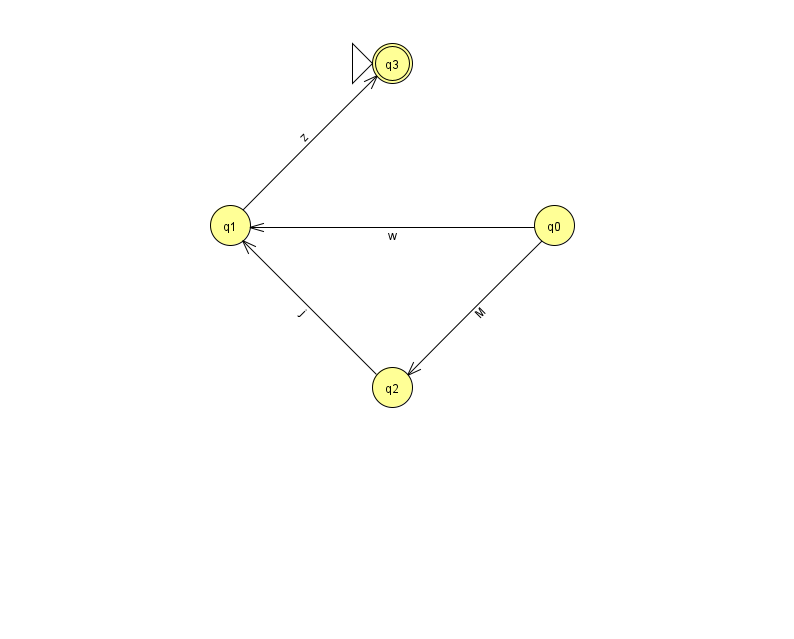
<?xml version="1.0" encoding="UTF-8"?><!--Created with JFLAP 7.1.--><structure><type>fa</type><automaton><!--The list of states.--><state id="0" name="q0"><x>554.0</x><y>212.0</y></state><state id="1" name="q1"><x>230.0</x><y>212.0</y></state><state id="2" name="q2"><x>392.0</x><y>374.0</y></state><state id="3" name="q3"><x>392.0</x><y>50.0</y><initial/><final/></state><!--The list of transitions.--><transition><from>1</from><to>3</to><read>z</read></transition><transition><from>2</from><to>1</to><read>j</read></transition><transition><from>0</from><to>1</to><read>w</read></transition><transition><from>0</from><to>2</to><read>M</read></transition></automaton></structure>